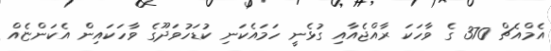
އެމްއެޗް 370 ގެ ވާހަކަ ރާއްޖެއާއި ގުޅެނީ ހަމައެކަނި ކުޑަހުވަދޫގެ ވާހަކައިން އެކަންޏެއް